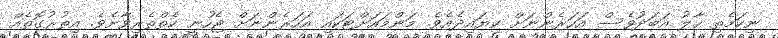
ނިކަމެތި ހާލު އަބަދުވެސް އަހަރެންނަށް ކިޔައިދެއެވެ. މަންމައަށްޓަކައި އަހަރެންނަށް ޖެހުނީ ކެތްތެރިވާށެވެ. އިތުރުގޮތެއް